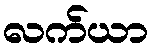
လက်ယာ